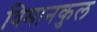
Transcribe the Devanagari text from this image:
विमानकुल